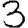
Digit: 3